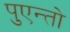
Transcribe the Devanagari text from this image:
पुएन्तो